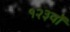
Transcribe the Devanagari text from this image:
१२३वॉ